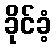
ခိုင်ခံ့